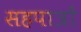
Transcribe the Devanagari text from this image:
सहपात्रों